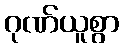
ဂုဏ်ယူစွာ